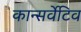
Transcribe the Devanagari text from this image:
कान्सर्वेटिव